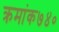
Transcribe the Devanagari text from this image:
क्रमांक७४०